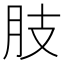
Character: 肢